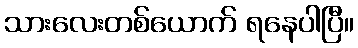
သားလေးတစ်ယောက် ရနေပါပြီ။